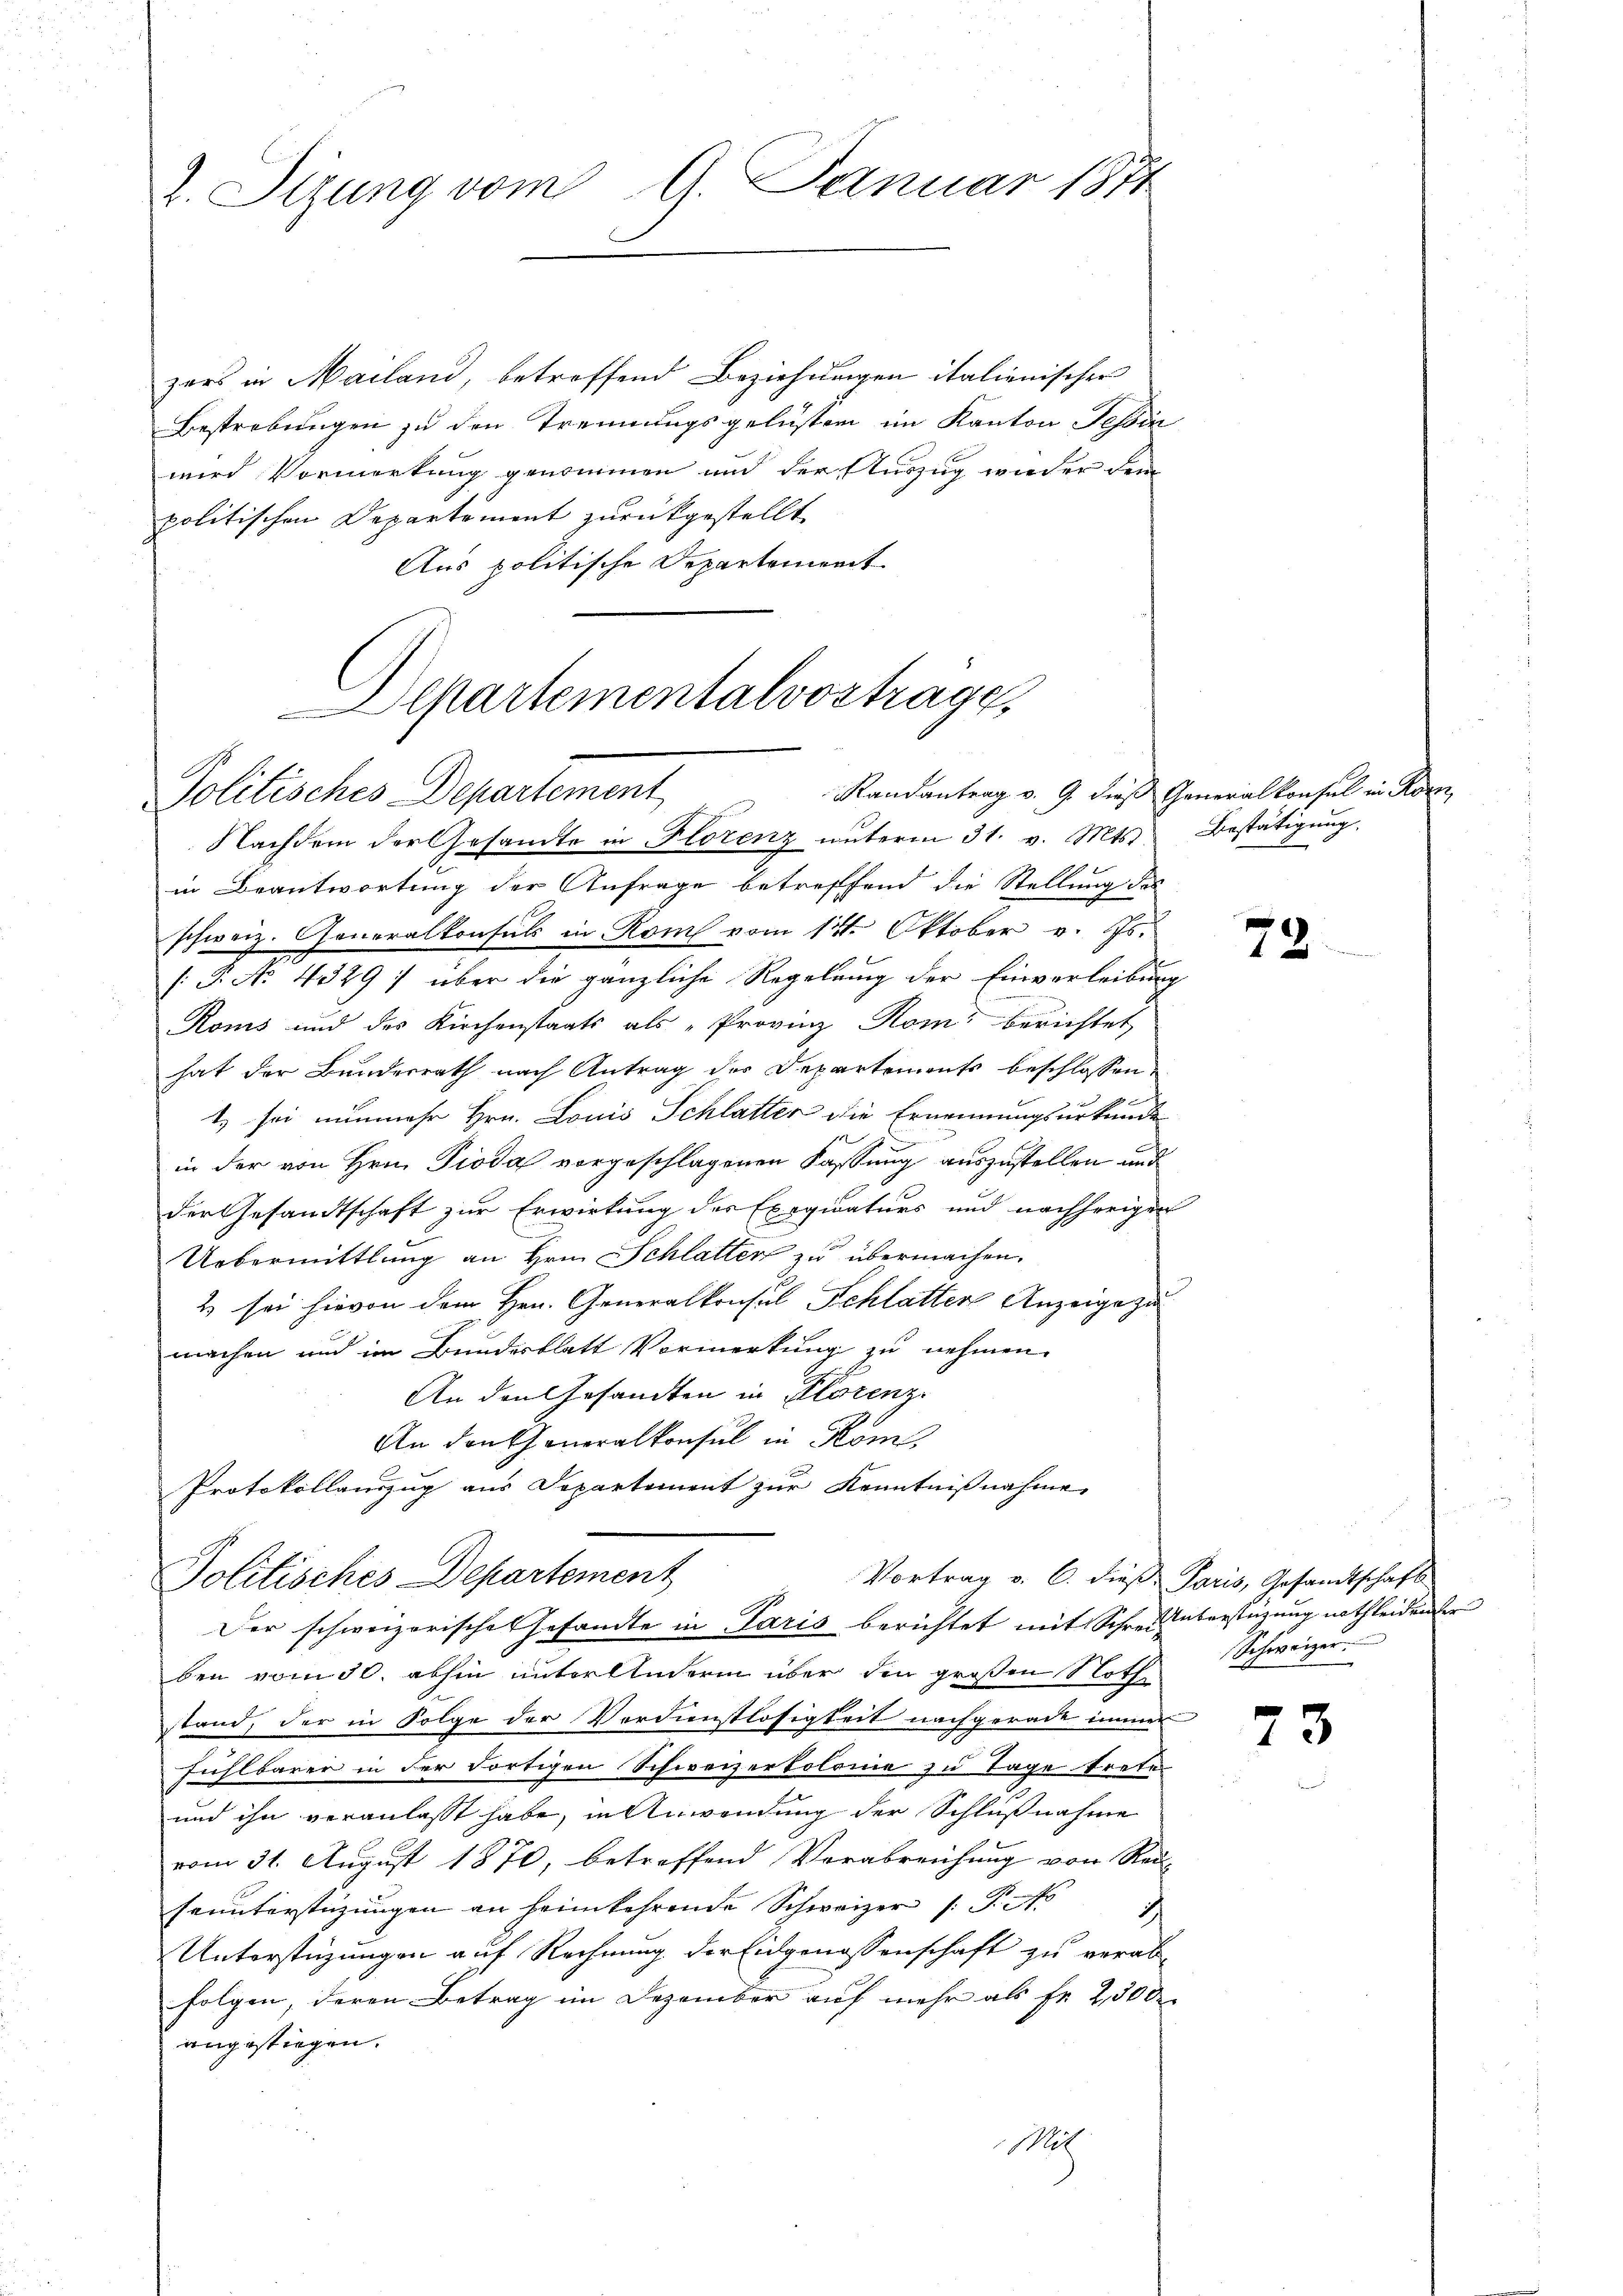
. Sitzung vom 9. Januar 1871

zers in Mailand, betreffend Beziehungen italienischer
Bestrebungen zu den Trennungsgelüster im Kanton Tessin
wird Vormerkung genommen und der Auszug wieder dem
politischen Departement zurückgestellt
Aus politische Departement

lpartementalvortrage,
Politisches Departement Randantrag v. 9. dies Generalkonsul in Kon
Nachdem der Gesandte in Florenz unterm 31. v. Mts. Bestätigung

in Beantwortung der Anfrage betreffend die Stellung des
schweiz. Generalkonsuls in Rom vom 12ten Oktober v. Js.
(P. No. 4329; über die gänzliche Regelung der Einverleibung
Koms und des Kirchenstaats als „Provinz Rom berichtet
hat der Bundesrath nach Antrag des Departements beschlossen
t, sei nunmehr Hrn. Louis Schlatter die Ernennungsurkunde
 xx
i
in der von Hrn. Dioda vorgeschlagenen Fassung auszustellen und
der Gesandtschaft zur Erwirkung des Exeqicaturs und nachherigen
Uebermittlung an Hrn. Schlatten zu übermachen.
2 sei hievon dem Hrn. Generalkonsul Schlatter Anzeige zu
machen und im Bundesblatt Vormerkung zu nehmen.
An den Gesandten in Klotenz.
An dankeneralkonsul in Kom
Protokollauszug aus Separtement zur Kenntnißnahme
Vortrag v. 6. dieß: Paris, Gesandtschaft
Politisches Departement
Der schweizerische Gesandte in Paris berichtet mit Schrei überstüzung nothleidender
ben vom 30. abhin unterlinderm über den großen Noth
stand, der in Folge der Verdienstlosigkeit nachgerade immer
g
fühlbarer in der Fortigen Schweizertolomie zu Tage trete
und ihn veranlasst habe, in Anwendung der Schlußnahme
vom 31. August 1870, betreffend Verabreichung von Red
Frunterstüzungen an heimkehrende Schweizer /: P. fo
Unterstüzungen auf Rechnung der Eidgenossenschaft zu verab-
folgen, deren Betrag im Dezember auf mehr als Fr. 2500
angestiegen.
Mit

73.

Schweizer.

73